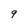
Character: 9